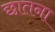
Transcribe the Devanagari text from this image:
छातना